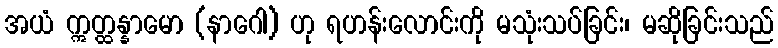
အယံ ဣတ္ထန္နာမော (နာဂေါ) ဟု ရဟန်းလောင်းကို မသုံးသပ်ခြင်း၊ မဆိုခြင်းသည်